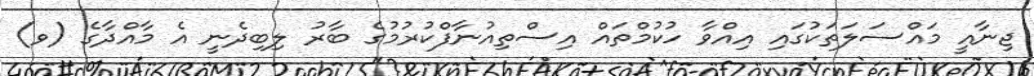
ޖިނާއީ މައްސަލަތަކުގައި އިއްވާ ހުކުމްތައް އިސްތިއުނާފްކުރުމުގެ ބާރު ލިބިދެނީ އެ މާއްދާގެ (ވ)